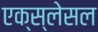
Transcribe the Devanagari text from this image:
एक्स्लेसल